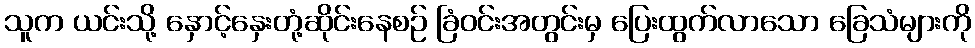
သူက ယင်းသို့ နှောင့်နှေးတုံ့ဆိုင်းနေစဉ် ခြံဝင်းအတွင်းမှ ပြေးထွက်လာသော ခြေသံများကို